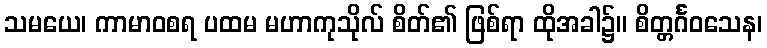
သမယေ၊ ကာမာဝစရ ပထမ မဟာကုသိုလ် စိတ်၏ ဖြစ်ရာ ထိုအခါ၌။ စိတ္တင်္ဂဝသေန၊